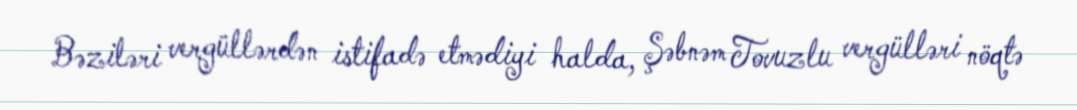
Bəziləri vergüllərdən istifadə etmədiyi halda, Şəbnəm Tovuzlu vergülləri nöqtə